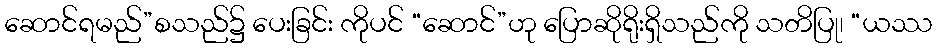
ဆောင်ရမည်”စသည်၌ ပေးခြင်း ကိုပင် “ဆောင်”ဟု ပြောဆိုရိုးရှိသည်ကို သတိပြု၊ “ယဿ